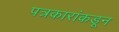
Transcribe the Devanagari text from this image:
पत्रकारांकडून